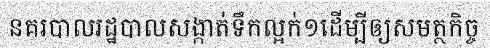
នគរបាលរដ្ឋបាលសង្កាត់ទឹកល្អក់១ដើម្បីឲ្យសមត្ថកិច្ច